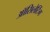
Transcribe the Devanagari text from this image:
ऑसिलेटिंग